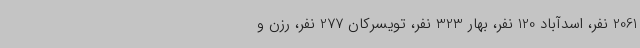
2061 نفر، اسدآباد 120 نفر، بهار 323 نفر، تویسرکان 277 نفر، رزن و